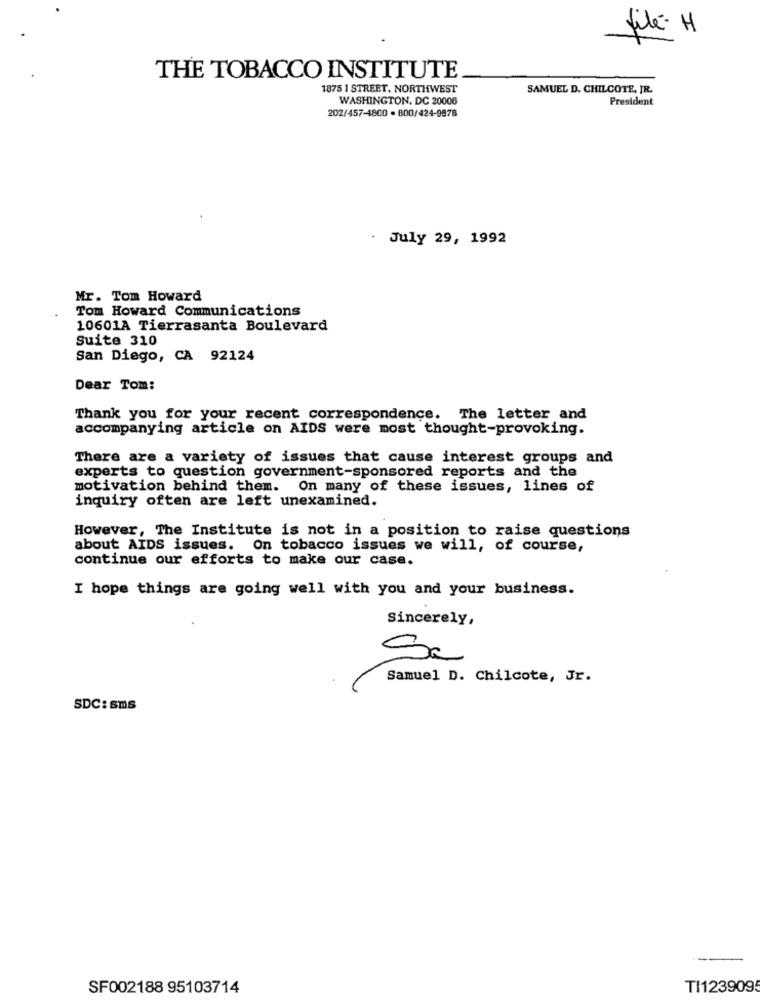
filé- H
THE TOBACCO INSTITUTE
1875 1 STREET. NORTHWEST
SAMUEL D. CHILCOTE, JR.
WASHINGTON, DC 20006
President
202/457-4800 · BDD/424-9878
. July 29, 1992
Mr. Tom Howard
Tom Howard Communications
10601A Tierrasanta Boulevard
Suite 310
San Diego, CA 92124
Dear Tom:
Thank you for your recent correspondence. The letter and
accompanying article on AIDS were most thought-provoking.
There are a variety of issues that cause interest groups and
experts to question government-sponsored reports and the
motivation behind them. On many of these issues, lines of
inquiry often are left unexamined.
However, The Institute is not in a position to raise questions
about AIDS issues. On tobacco issues we will, of course,
continue our efforts to make our case.
I hope things are going well with you and your business.
Sincerely,
Se
Samuel D. Chilcote, Jr.
SDC: sms
SF002188 95103714
TI123909